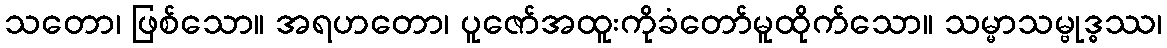
သတော၊ ဖြစ်သော။ အရဟတော၊ ပူဇော်အထူးကိုခံတော်မူထိုက်သော။ သမ္မာသမ္ဗုဒ္ဓဿ၊